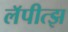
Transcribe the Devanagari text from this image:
लॅपीत्झ